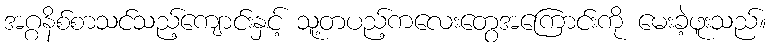
အဂ္ဂနိစ်စာသင်သည့်ကျောင်းနှင့် သူ့တပည့်ကလေးတွေအကြောင်းကို မေးခဲ့ဖူးသည်။